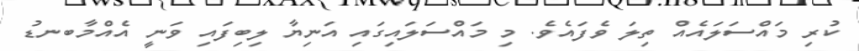
ކުރި މައްސަލައެއް ތިލަ ވެފައެވެ. މި މައްސަލައިގައި އަނިޔާ ލިބިފައި ވަނީ އެއްމާބނޑު